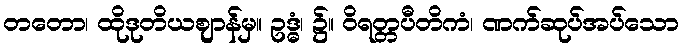
တတော၊ ထိုဒုတိယဈာန်မှ။ ဥဒ္ဓံ၊ ၌။ ဝိရတ္တပီတိကံ၊ ဏက်ဆုပ်အပ်သော